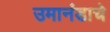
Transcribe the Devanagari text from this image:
उमानंडाचे